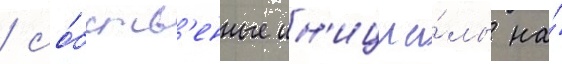
/ со́бств'енные ин'ициа́лы на́